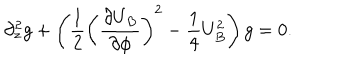
\partial _ { z } ^ { 2 } g + \left( \frac { 1 } { 2 } \left( \frac { \partial U _ { B } } { \partial \phi } \right) ^ { 2 } - \frac { 1 } { 4 } U _ { B } ^ { 2 } \right) g = 0 .